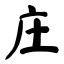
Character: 庄